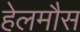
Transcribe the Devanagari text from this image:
हेलमौस